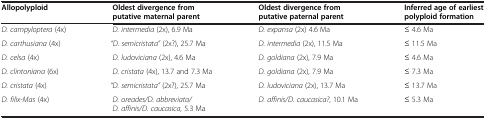
<table><thead><tr><td><b>Allopolyploid</b></td><td><b>Oldest divergence from putative maternal parent</b></td><td><b>Oldest divergence from putative paternal parent</b></td><td><b>Inferred age of earliest polyploid formation</b></td></tr></thead><tbody><tr><td><i>D. campyloptera</i> (4x)</td><td><i>D. intermedia</i> (2x), 6.9 Ma</td><td><i>D. expansa</i> (2x) 4.6 Ma</td><td>≤ 4.6 Ma</td></tr><tr><td><i>D. carthusiana</i> (4x)</td><td><i>“D. semicristata”</i> (2x?), 25.7 Ma</td><td><i>D. intermedia</i> (2x), 11.5 Ma</td><td>≤ 11.5 Ma</td></tr><tr><td><i>D. celsa</i> (4x)</td><td><i>D. ludoviciana</i> (2x), 4.6 Ma</td><td><i>D. goldiana</i> (2x), 7.9 Ma</td><td>≤ 4.6 Ma</td></tr><tr><td><i>D. clintoniana</i> (6x)</td><td><i>D. cristata</i> (4x), 13.7 and 7.3 Ma</td><td><i>D. goldiana</i> (2x), 7.9 Ma</td><td>≤ 7.3 Ma</td></tr><tr><td><i>D. cristata</i> (4x)</td><td><i>“D. semicristata”</i> (2x?), 25.7 Ma</td><td><i>D. ludoviciana</i> (2x), 13.7 Ma</td><td>≤ 13.7 Ma</td></tr><tr><td><i>D. filix-Mas</i> (4x)</td><td><i>D. oreades/D. abbreviata/D. affinis/D. caucasica,</i> 5.3 Ma</td><td><i>D. affinis/D. caucasica?</i>, 10.1 Ma</td><td>≤ 5.3 Ma</td></tr></tbody></table>